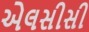
એલસીસી